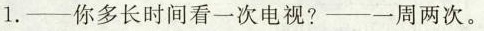
1.--你多长时间看一次电视?--一周两次。